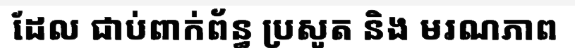
ដែល ជាប់ពាក់ព័ន្ធ ប្រសូត និង មរណភាព